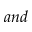
a n d